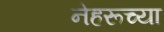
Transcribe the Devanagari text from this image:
नेहरूच्या